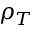
\rho _ { T }